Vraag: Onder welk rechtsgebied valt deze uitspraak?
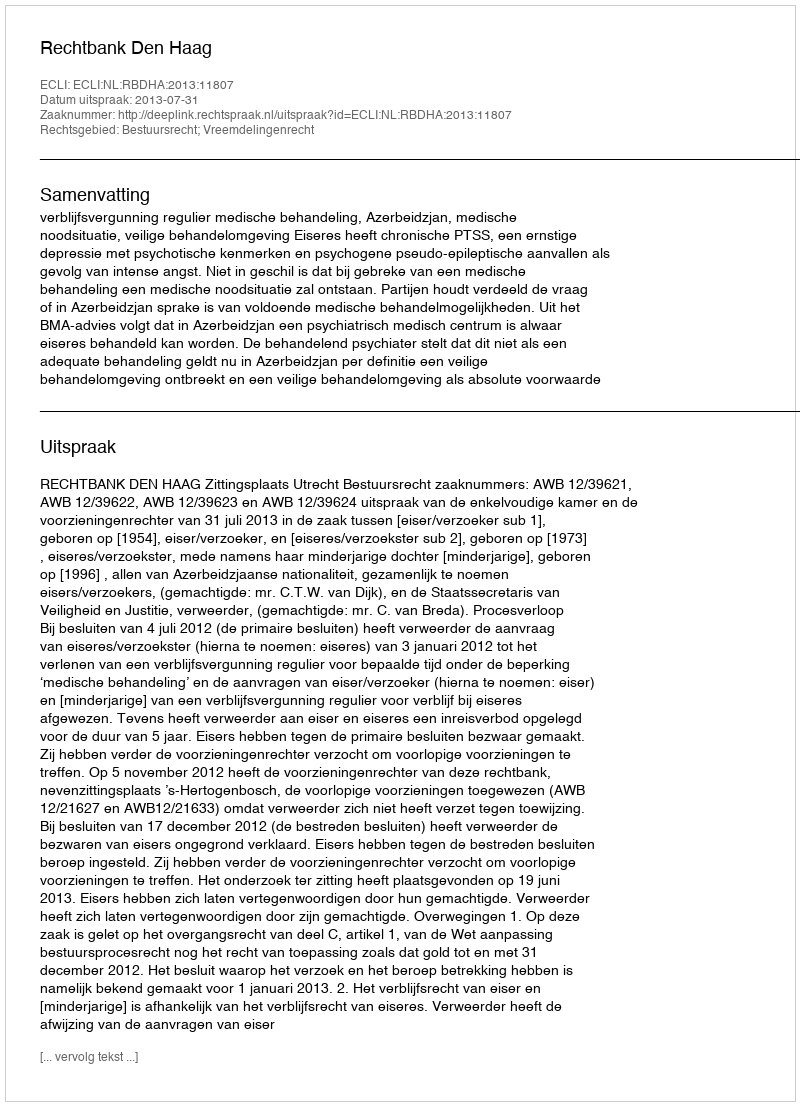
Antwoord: Bestuursrecht; Vreemdelingenrecht